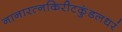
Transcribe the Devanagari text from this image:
नानारत्नकिरीटकुंडलधरं